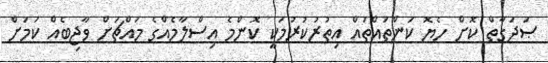
ޞަދަގާތް ކޮށް ހެޔޮ ކަންތައްތައް އިތުރުކުރުމަކީ ކޮންމެ އިސްލާމެއްގެ މައްޗަށް ވާޖިބެއް ކަމަށް